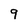
Character: 9